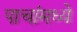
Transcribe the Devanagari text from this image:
पाचांमध्ये